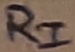
Text: RI